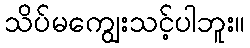
သိပ်မကျွေးသင့်ပါဘူး။